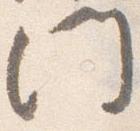
門